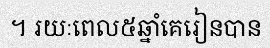
។ រយៈពេល៥ឆ្នាំគេរៀនបាន